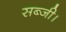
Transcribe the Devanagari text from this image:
सब्जी।